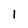
Character: 1